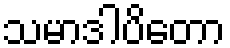
သမာဒါပိတော